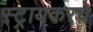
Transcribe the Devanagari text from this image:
स्ट्रायकरचे